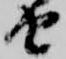
由